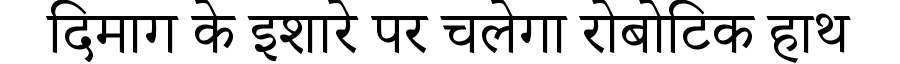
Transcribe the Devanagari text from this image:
दिमाग के इशारे पर चलेगा रोबोटिक हाथ